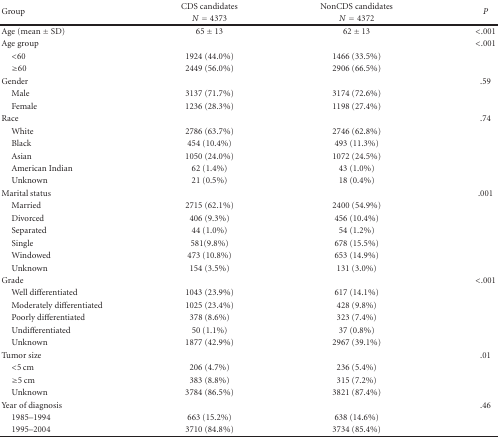
<table><thead><tr><td rowspan="2"><b>Group</b></td><td><b>CDS candidates</b></td><td><b>NonCDS candidates</b></td><td rowspan="2"><b><i>P</i></b></td></tr><tr><td><b><i>N</i> = 4373</b></td><td><b><i>N</i> = 4372</b></td></tr></thead><tbody><tr><td>Age (mean ± SD)</td><td>65 ± 13</td><td>62 ± 13</td><td>&lt;.001</td></tr><tr><td>Age group</td><td></td><td></td><td>&lt;.001</td></tr><tr><td> &lt;60</td><td>1924 (44.0%)</td><td>1466 (33.5%)</td><td></td></tr><tr><td> ≥60</td><td>2449 (56.0%)</td><td>2906 (66.5%)</td><td></td></tr><tr><td>Gender</td><td></td><td></td><td>.59</td></tr><tr><td> Male</td><td>3137 (71.7%)</td><td>3174 (72.6%)</td><td></td></tr><tr><td> Female</td><td>1236 (28.3%)</td><td>1198 (27.4%)</td><td></td></tr><tr><td>Race</td><td></td><td></td><td>.74</td></tr><tr><td> White</td><td>2786 (63.7%)</td><td>2746 (62.8%)</td><td></td></tr><tr><td> Black</td><td>454 (10.4%)</td><td>493 (11.3%)</td><td></td></tr><tr><td> Asian</td><td>1050 (24.0%)</td><td>1072 (24.5%)</td><td></td></tr><tr><td> American Indian</td><td>62 (1.4%)</td><td>43 (1.0%)</td><td></td></tr><tr><td> Unknown</td><td>21 (0.5%)</td><td>18 (0.4%)</td><td></td></tr><tr><td>Marital status</td><td></td><td></td><td>.001</td></tr><tr><td> Married</td><td>2715 (62.1%)</td><td>2400 (54.9%)</td><td></td></tr><tr><td> Divorced</td><td>406 (9.3%)</td><td>456 (10.4%)</td><td></td></tr><tr><td> Separated</td><td>44 (1.0%)</td><td>54 (1.2%)</td><td></td></tr><tr><td> Single</td><td>581(9.8%)</td><td>678 (15.5%)</td><td></td></tr><tr><td> Windowed</td><td>473 (10.8%)</td><td>653 (14.9%)</td><td></td></tr><tr><td> Unknown</td><td>154 (3.5%)</td><td>131 (3.0%)</td><td></td></tr><tr><td>Grade</td><td></td><td></td><td>&lt;.001</td></tr><tr><td> Well differentiated</td><td>1043 (23.9%)</td><td>617 (14.1%)</td><td></td></tr><tr><td> Moderately differentiated</td><td>1025 (23.4%)</td><td>428 (9.8%)</td><td></td></tr><tr><td> Poorly differentiated</td><td>378 (8.6%)</td><td>323 (7.4%)</td><td></td></tr><tr><td> Undifferentiated</td><td>50 (1.1%)</td><td>37 (0.8%)</td><td></td></tr><tr><td> Unknown</td><td>1877 (42.9%)</td><td>2967 (39.1%)</td><td></td></tr><tr><td>Tumor size</td><td></td><td></td><td>.01</td></tr><tr><td> &lt;5 cm</td><td>206 (4.7%)</td><td>236 (5.4%)</td><td></td></tr><tr><td> ≥5 cm</td><td>383 (8.8%)</td><td>315 (7.2%)</td><td></td></tr><tr><td> Unknown</td><td>3784 (86.5%)</td><td>3821 (87.4%)</td><td></td></tr><tr><td>Year of diagnosis</td><td></td><td></td><td>.46</td></tr><tr><td> 1985–1994</td><td>663 (15.2%)</td><td>638 (14.6%)</td><td></td></tr><tr><td> 1995–2004</td><td>3710 (84.8%)</td><td>3734 (85.4%)</td><td></td></tr></tbody></table>